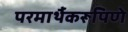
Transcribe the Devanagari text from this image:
परमार्थैकरूपिणे